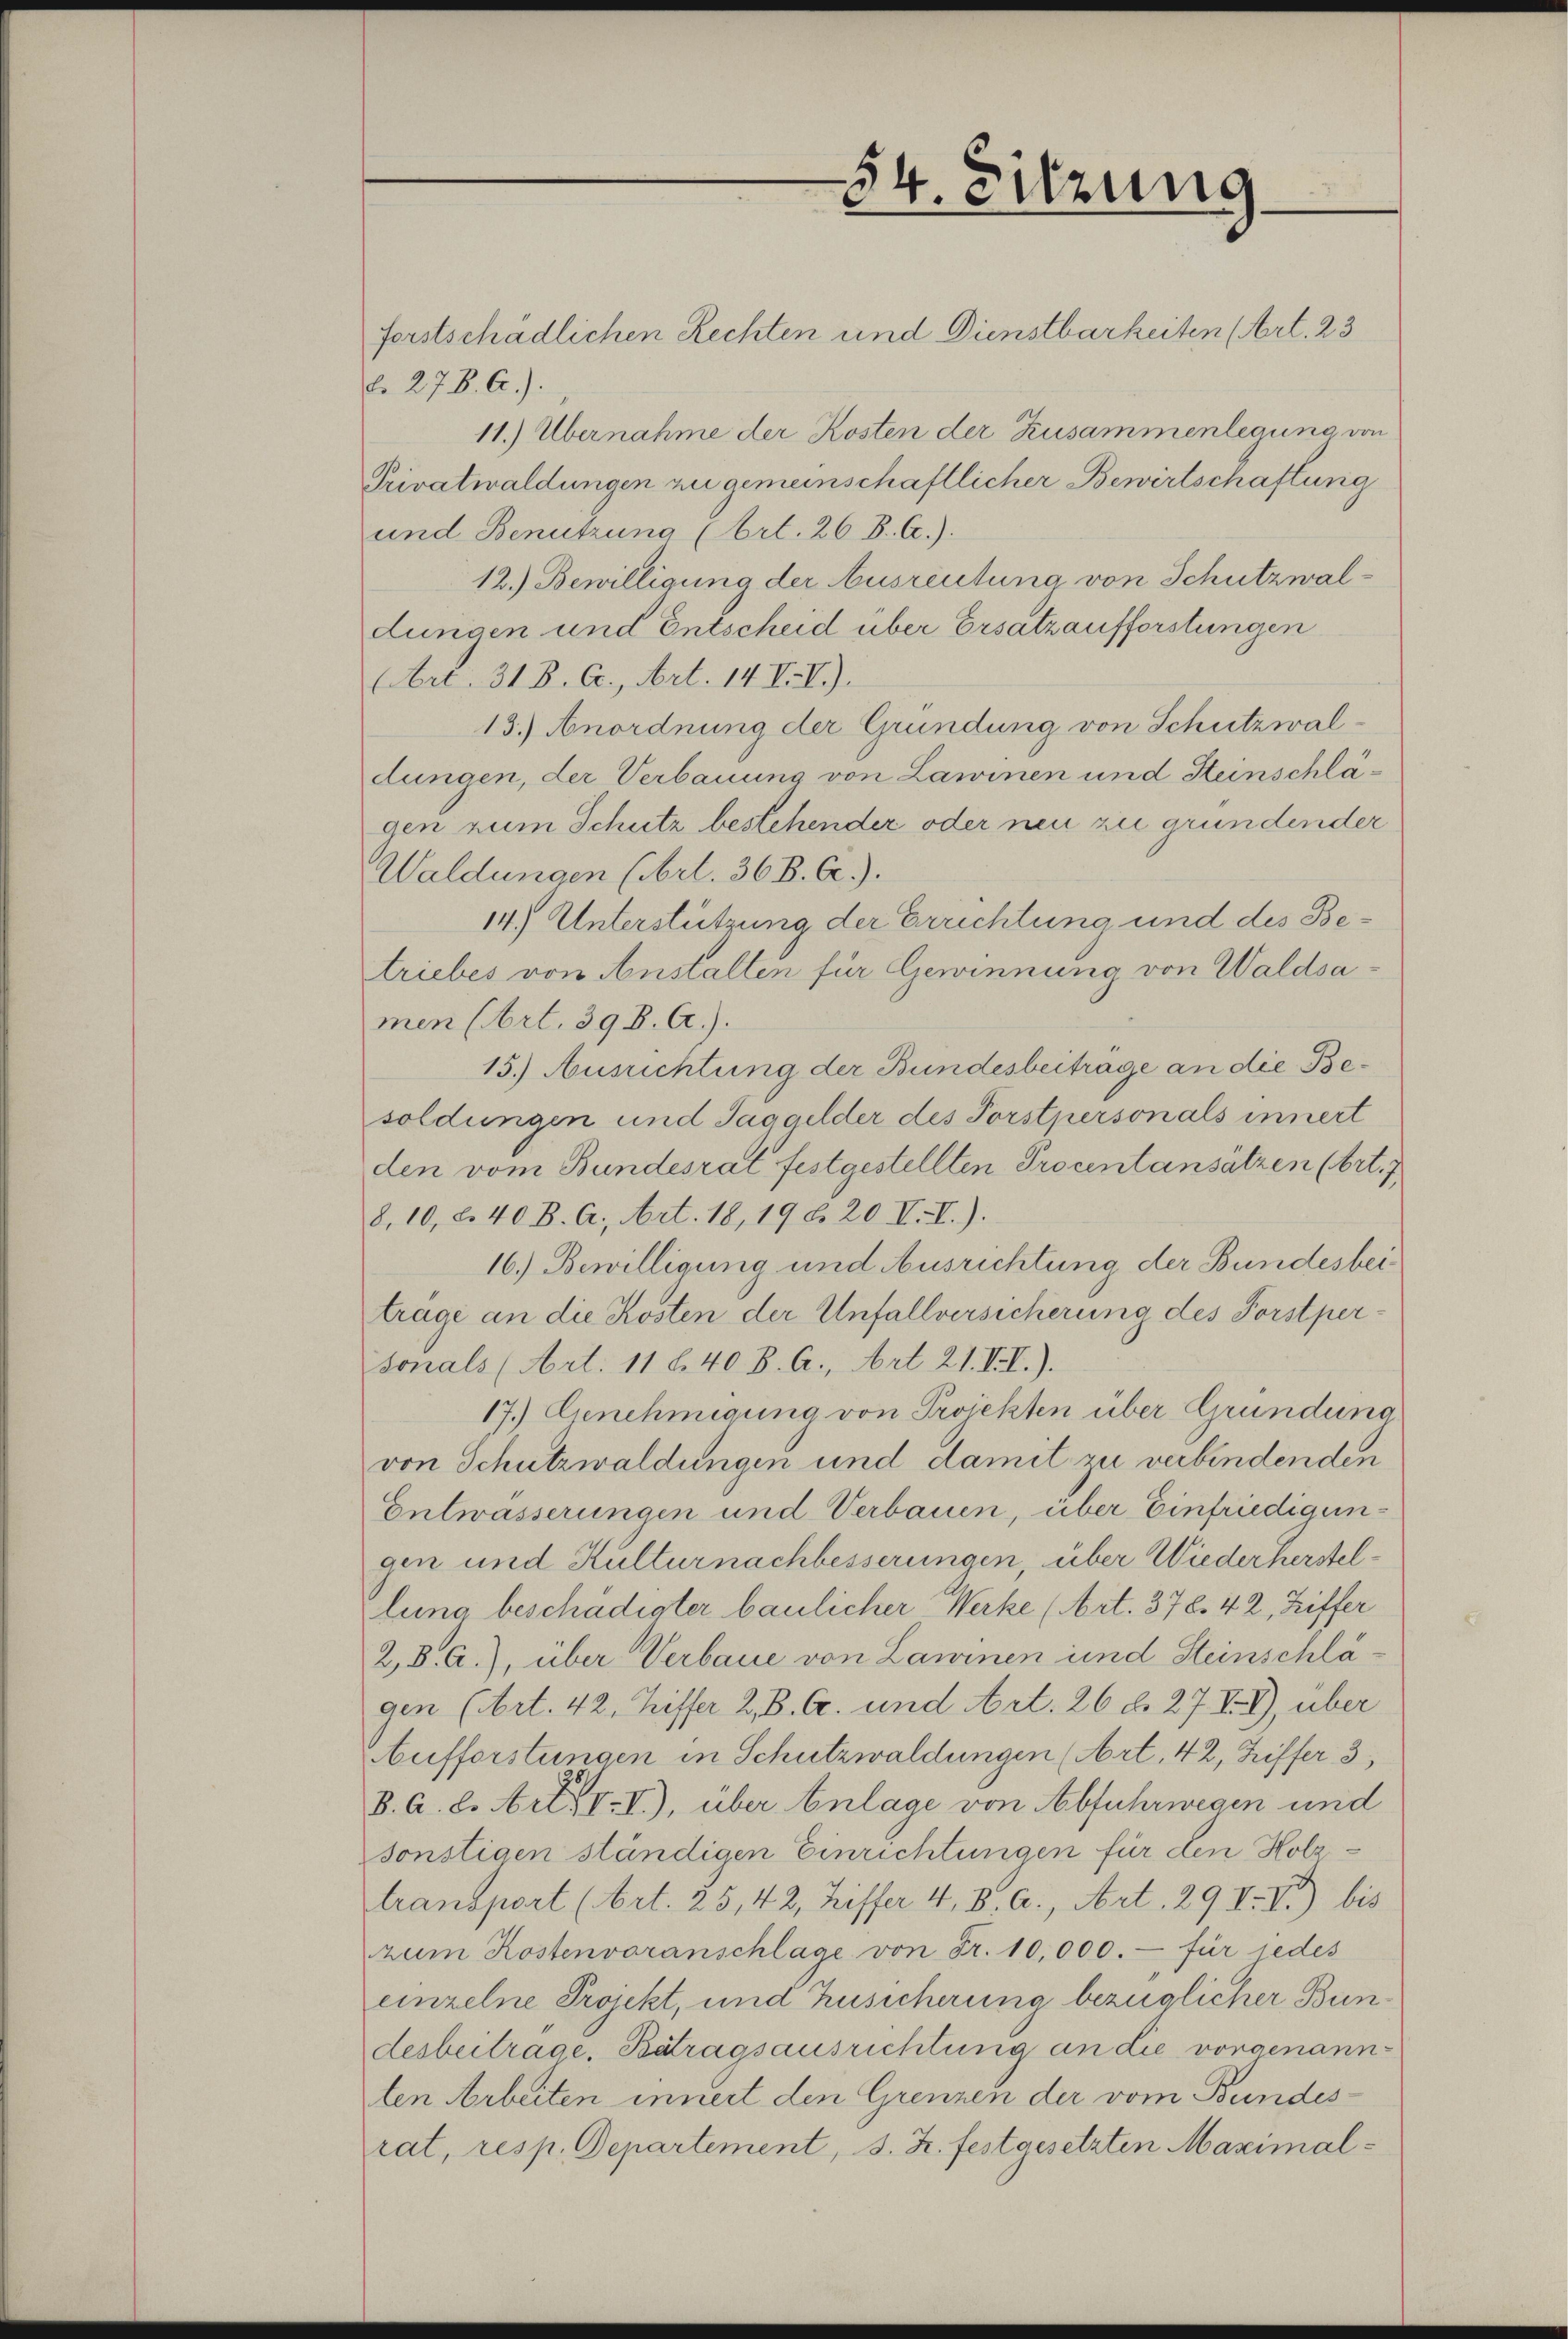
54. Sitzung

forstschädlichen Rechten und Dienstbarkeiten (Art. 23
d. 278. A.).
11.) Übernahme der Kosten der Zusammenlegung von
Privatwaldungen zu gemeinschaftlicher Bewirtschaftung
und Benützung (Art. 26 B. C.).
12.) Bewilligung der Ausreutung von Schutzwaldungen und Entscheid über Ersatzaufforstungen
(Art. 31 B. Cc., Art. 14. IV.).
13.) Anordnung der Gründung von Schutzwaldungen, der Verbauung von Lawinen und Steinschlägen zum Schutz bestehender oder neu zu gründender
Waldungen (Art. 36 B. C.).
14.) Unterstützung der Errichtung und des Betriebes von Anstalten für Gewinnung von Waldsamen (Art. 398. A.).
15.) Ausrichtung der Bundesbeitrage an die Besoldungen und Taggelder des Porstpersonals innert
den vom Bundesrat festgestellten Procentansätzen (Art. 7
8, 10, d. 40 B. A., Art. 18, 19 d. 20 V.I.).
16.) Bewilligung und Ausrichtung der Bundesbeitrage an die Kosten der Unfallversicherung des Forstpersonals (Art. 11 l. 40 B. A., Art 21. VII.).
17.) Genehmigung von Projekten über Gründung
von Schutzwaldungen und damit zu verbindenden
Entwässerungen und Verbauen, über Einfriedigungen und Kulturnachbesserungen, über Wiederherstellung beschädigter baulicher Werke (Art. 378. 42, Ziffer
28. A.), über Verbaue von Lawinen und Steinschlägen (Art. 42, Ziffer 28. A. und Art. 26 d. 27. Fr., über
Aufforstungen in Schutzwaldungen (Art. 42, Ziffer 3
B. A. d. Art. I), über Anlage von Abfuhrwegen und
sonstigen ständigen Einrichtungen für den Holztransport (Art. 25, 42, Ziffer 4. B. a., Art. 29 II. II) bis
zum Kostenvoranschlage von Fr. 10,000.- für jedes
einzelne Projekt, und Zusicherung bezüglicher Bundesbeitrage. Betragsausrichtung an die vorgenannten Arbeiten innert den Grenzen der vom Bundesrat, resp. Departement, s. Z. festgesetzten Maximal¬